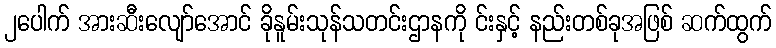
၂ပေါက် အားဆီးလျော်အောင် ခိုနူမ်းသုန်သတင်းဌာနကို င်းနှင့် နည်းတစ်ခုအဖြစ် ဆက်ထွက်